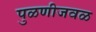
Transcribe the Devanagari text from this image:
पुळणीजवळ